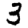
Digit: 3